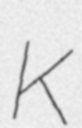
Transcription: K